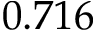
0 . 7 1 6